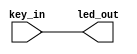
module led_project
(
    input wire key_in ,//
    output wire led_out //led
);
//\* Main Code \//
//led_out:ledkey_in

assign led_out = key_in;
endmodule